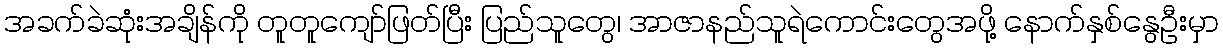
အခက်ခဲဆုံးအချိန်ကို တူတူကျော်ဖြတ်ပြီး ပြည်သူတွေ၊ အာဇာနည်သူရဲကောင်းတွေအဖို့ နောက်နှစ်နွေဦးမှာ